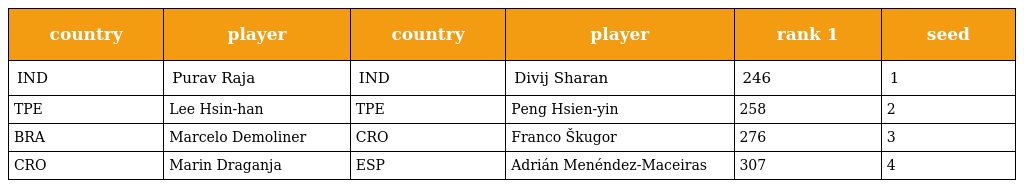
| country | player | country | player | rank 1 | seed |
 | --- | --- | --- | --- | --- | --- |
 | IND | Purav Raja | IND | Divij Sharan | 246 | 1 |
 | TPE | Lee Hsin-han | TPE | Peng Hsien-yin | 258 | 2 |
 | BRA | Marcelo Demoliner | CRO | Franco Škugor | 276 | 3 |
 | CRO | Marin Draganja | ESP | Adrián Menéndez-Maceiras | 307 | 4 |